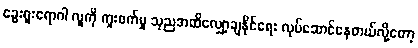
ခွေးရူးရောဂါ လူကို ကူးစက်မှု သုညအထိလျှော့ချနိုင်ရေး လုပ်ဆောင်နေတယ်လို့တော့